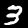
Label: 3